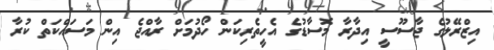
އިޒްރޭލުގެ ޖާސޫސީ އިދާރާ މޮސާޑުގެ އެހީތެރިކަން ހޯދުމަށް ރާއްޖެ އިން މަސައްކަތް ކުރާ